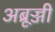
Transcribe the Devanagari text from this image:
अब्रूज्जी